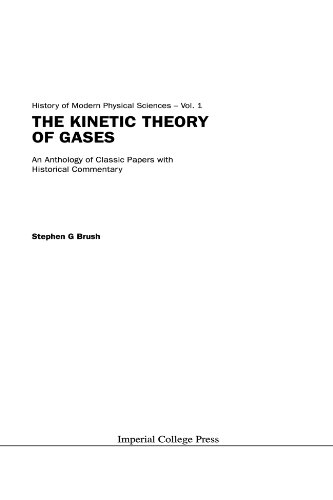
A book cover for Kinetic theory of gases, the: an anthology of classic papers with historical commentary (History of Modern Physical Sciences, 1); Stephen G. Brush; Science & Math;